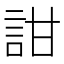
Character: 詌